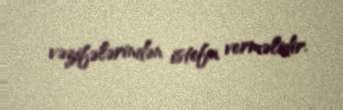
vəzifələrindən istefa verməlidir.